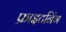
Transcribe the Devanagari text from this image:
फ्राइटनिंग